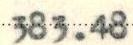
383.48